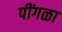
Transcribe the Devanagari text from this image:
पींगळा